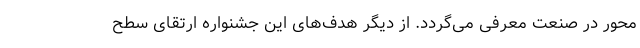
محور در صنعت معرفی می‌گردد. از دیگر هدف‌های این جشنواره ارتقای سطح